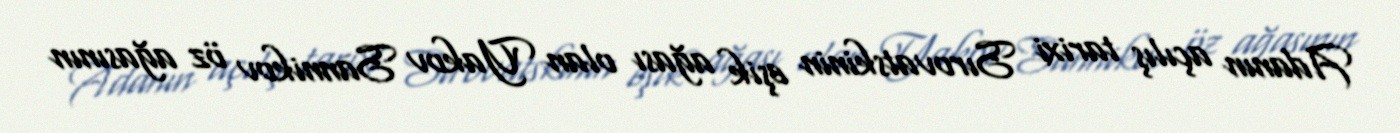
Adanın açılış tarixi Sırovatskinin eşik ağası olan Yakov Sannikov öz ağasının